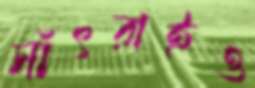
সাঁৎরাইও